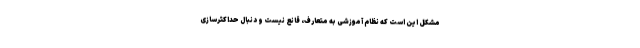
مشکل این است که نظام آموزشی به متعارف، قانع نیست و دنبال حداکثرسازی